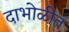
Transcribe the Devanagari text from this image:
दाभोळीत